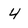
Character: 4